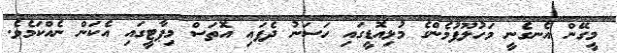
މީގޭން އެނގެނީ މަހުލޫފުމެންގެ މުޅިއޮޑީގައި ހަސަނު ދެފައި އޮތަސް މިޕާޓީގައި އެކަން ނެއްކަމެވެ.